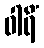
ဝါရိံ